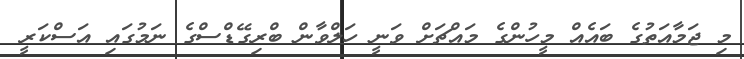
މި ޖަމާއަތުގެ ބައެއް މީހުންގެ މައްޗަށް ވަނީ ހަލްވާން ބްރިގޭޑްސްގެ ނަމުގައި އަސްކަރީ